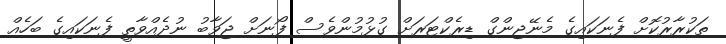
ތަކުރާރުކޮށް ފެނަކައިގެ މެނޭޖިންގް ޑިރެކްޓަރަށް ގުޅުމުންވެސް ފޯނަށް ޖަވާބު ނުދެއްވާތީ ފެނަކައިގެ ބަހެއް